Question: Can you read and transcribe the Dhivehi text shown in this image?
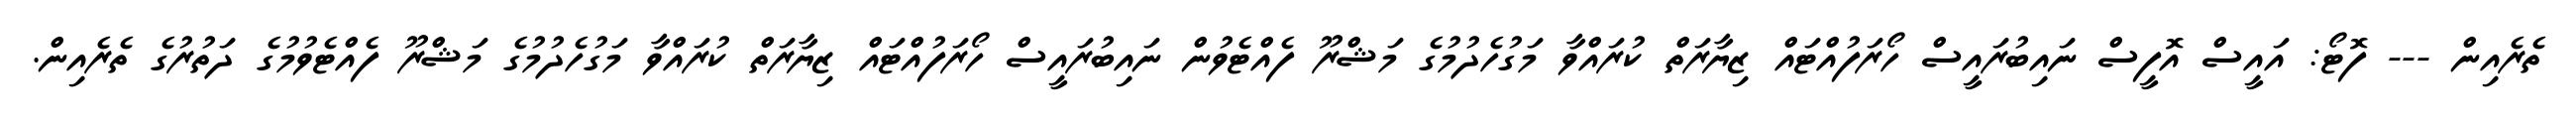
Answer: ތެރެއިން --- ފޮޓޯ: އައީސް އޮފީސް ނައިބުރައީސް ހޯރަފުއްޓައް ޒިޔާރަތް ކުރައްވާ މަގުހެދުމުގެ މަޝްރޫ ފެއްޓެވުން ނައިބުރައީސް ހޯރަފުއްޓައް ޒިޔާރަތް ކުރައްވާ މަގުހެދުމުގެ މަޝްރޫ ފެއްޓެވުމުގެ ދަތުރުގެ ތެރެއިން.